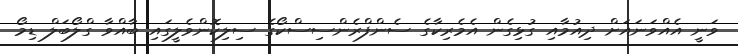
ވަނީ އެއްވަނައަށް ދިއުމާއި ގުޅިގެން އެމެރިކާގެ ސެންފްރެންސިސްކޯގެ ސިލިކޮންވެލީގައި ބާއްވާ ގްލޯބަލް ޑިމޯ